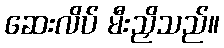
ဆေးလိပ် မီးညှိသည်။